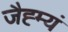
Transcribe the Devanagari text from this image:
जैह्म्यं